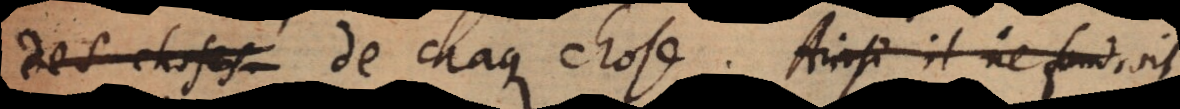
des choses de chaque chose. Ainsi l’homme n’auro